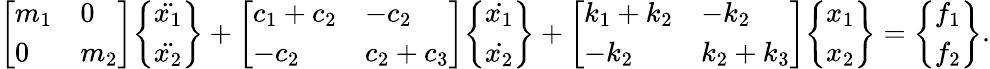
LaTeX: {\left[\begin{array}{ll}{m_{1}}&{0}\\ {0}&{m_{2}}\end{array}\right]}{\left\{ \begin{array}{l}{{\ddot{x_{1}}}}\\ {{\ddot{x_{2}}}}\end{array}\right\} }+{\left[\begin{array}{ll}{c_{1}+c_{2}}&{-c_{2}}\\ {-c_{2}}&{c_{2}+c_{3}}\end{array}\right]}{\left\{ \begin{array}{l}{{\dot{x_{1}}}}\\ {{\dot{x_{2}}}}\end{array}\right\} }+{\left[\begin{array}{ll}{k_{1}+k_{2}}&{-k_{2}}\\ {-k_{2}}&{k_{2}+k_{3}}\end{array}\right]}{\left\{ \begin{array}{l}{x_{1}}\\ {x_{2}}\end{array}\right\} }={\left\{ \begin{array}{l}{f_{1}}\\ {f_{2}}\end{array}\right\} }.